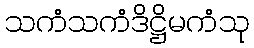
သကံသကံဒိဋ္ဌိမကံသု